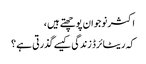
اکثر نوجوان پوچھتے ہیں ،
کہ ریٹائرڈ زندگی کیسے گذرتی ہے ؟